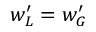
w _ { L } ^ { \prime } = w _ { G } ^ { \prime }